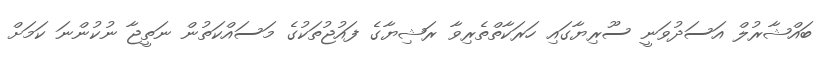
ބައްޝާރުލް އަސަދުވަނީ ސޫރިޔާގައި ހަރަކާތްތެރިވާ ރަޝިޔާގެ ފައުޖުތަކުގެ މަސައްކަތުން ނަތީޖާ ނުކުންނަ ކަމަށް